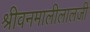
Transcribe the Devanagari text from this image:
श्रीवनमालीलालजी